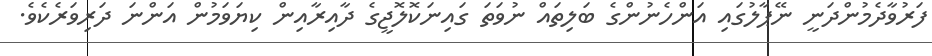
ފަރުވާދެމުންދަނީ ނޭޕާލުގައި އަންހެނުންގެ ބަލިތައް ނުވަތަ ގައިނަކޮލޮޖީގެ ދާއިރާއިން ކިޔަވަމުން އަންނަ ދަރިވަރެކެވެ.